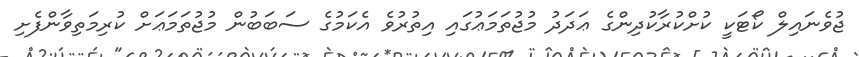
ޖުވެނައިލް ކޯޓަކީ ކުށްކުރާކުދިންގެ ޢަދަދު މުޖުތަމަޢުގައި އިތުރުވެ އެކަމުގެ ސަބަބުން މުޖުތަމަޢަށް ކުރިމަތިވާންފެށި